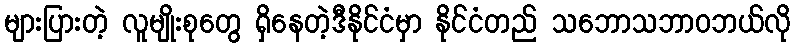
များပြားတဲ့ လူမျိုးစုတွေ ရှိနေတဲ့ဒီနိုင်ငံမှာ နိုင်ငံတည် သဘောသဘာဝဘယ်လို